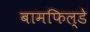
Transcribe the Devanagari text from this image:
बामफिल्डे